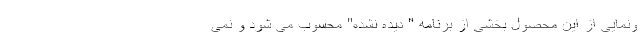
ونمایی از این محصول بخشی از برنامه " دیده نشده" محسوب می شود و نمی